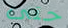
حتى